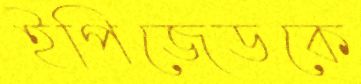
ইপিজেডকে